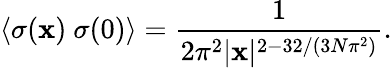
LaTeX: \langle\sigma(\mathbf{x})~\sigma(0)\rangle=\frac{{1}}{{2\pi^{2}|\mathbf{x}|^{2-32/(3N\pi^{2})}}}.